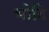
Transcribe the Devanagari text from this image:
भोदि